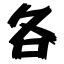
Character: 各